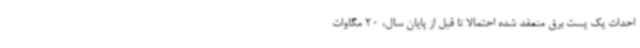
احداث یک پست برق منعقد شده احتمالا تا قبل از پایان سال، 20 مگاوات